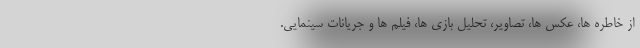
از خاطره ها، عکس ها، تصاویر، تحلیل بازی ها، فیلم ها و جریانات سینمایی.